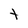
Character: t